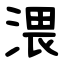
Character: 渨